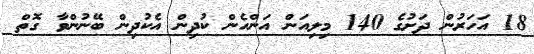
18 އަހަރުން ދަށުގެ 140 މިލިއަން އަންހެން ކުދިން އެކުދިން ބޭނުންވާ ގޮތް